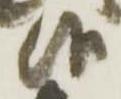
候